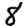
Digit: 8